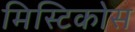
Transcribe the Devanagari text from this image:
मिस्टिकोस